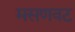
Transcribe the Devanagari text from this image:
मसणवट